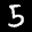
Label: 5